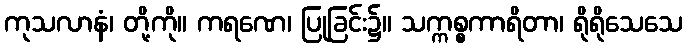
ကုသလာနံ၊ တို့ကို။ ကရဏေ၊ ပြုခြင်း၌။ သက္ကစ္စကာရိတာ၊ ရိုရိုသေသေ